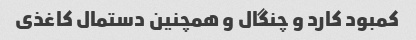
کمبود کارد و چنگال و همچنین دستمال کاغذی